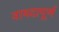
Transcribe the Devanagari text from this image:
वायदापूर्ण